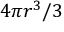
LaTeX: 4 \pi r ^ { 3 } / 3